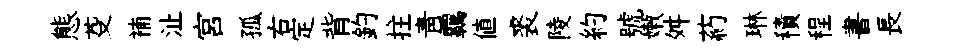
態芟補沚宫孤右定背釣拄青覊値裘陵約號嫩舛葯琳積程書長